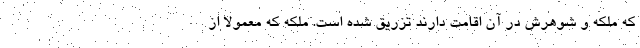
که ملکه و شوهرش در آن اقامت دارند تزریق شده است. ملكه كه معمولا از